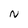
Character: N